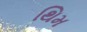
થિમ